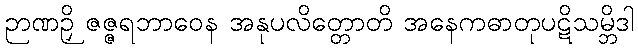
ဉာဏဉှိ ဇဇ္ဇရဘာဝေန အနုပလိတ္တောတိ အနေကဓာတုပဋိသမ္ဘိဒါ